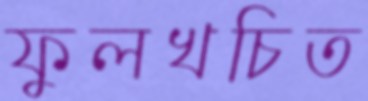
ফুলখচিত